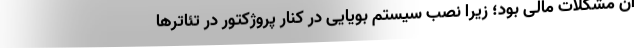
آن مشکلات مالی بود؛ زیرا نصب سیستم بویایی در کنار پروژکتور در تئاترها